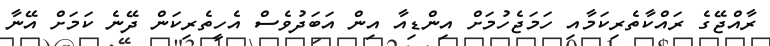
ރާއްޖޭގެ ރައްކާތެރިކަމާއި ހަމަޖެހުމަށް އިންޑިއާ އިން އަބަދުވެސް އެހީތެރިކަން ދޭނެ ކަމަށް އޭނާ